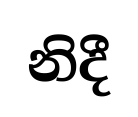
නිදී